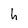
Character: h